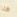
هنا